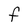
Character: F